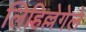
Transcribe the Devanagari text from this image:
लिहिल्लेगेले